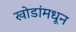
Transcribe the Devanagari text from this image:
खोडांमधून